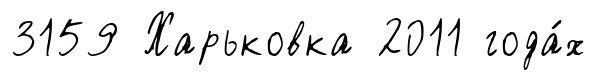
3159 Харьковка 2011 года́х